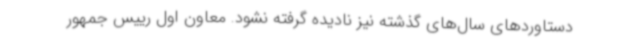
دستاوردهای سال‌های گذشته نیز نادیده گرفته نشود. معاون اول رییس جمهور